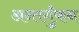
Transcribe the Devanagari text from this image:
अन्तर्गुंफन